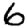
Digit: 6